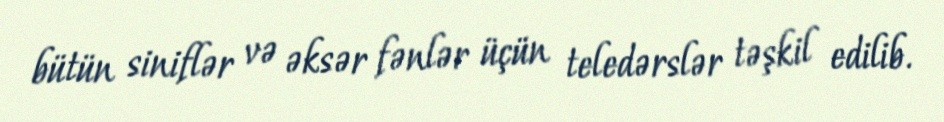
bütün siniflər və əksər fənlər üçün teledərslər təşkil edilib.